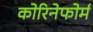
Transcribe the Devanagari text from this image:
कोरिनेफोर्म